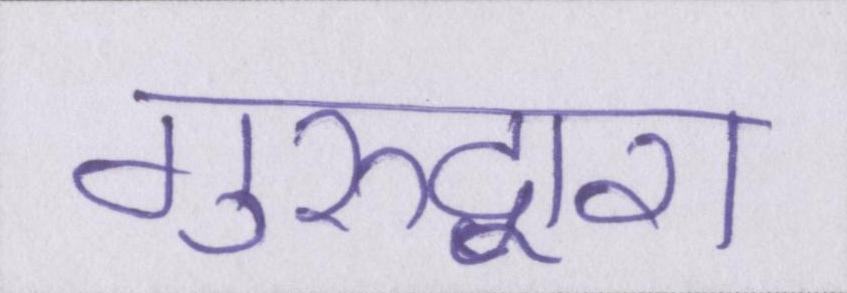
गुरुद्वारा